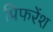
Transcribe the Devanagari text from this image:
प्रिफरेंश